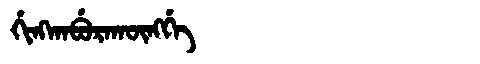
Manchu: ᡤᡳᠩᡴᠠᠪᡠᡵᠠᡴᡡᠩᡤᡝ
Romanization: GINGKABURAKŪNGGE